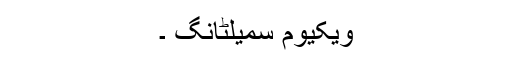
ویکیوم سمیلٹانگ ۔